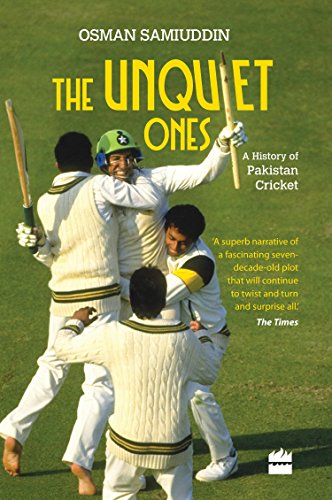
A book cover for The Unquiet Ones: A History of Pakistan Cricket; Osman Samiuddin; Sports & Outdoors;